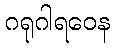
ဂရုဂါရဝေန